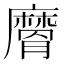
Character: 𭚉